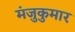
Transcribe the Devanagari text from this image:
मंजुकुमार